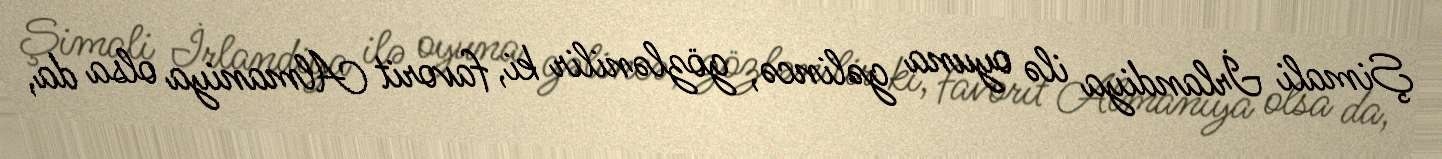
Şimali İrlandiya ilə oyuna gəlincə, gözlənilir ki, favorit Almaniya olsa da,